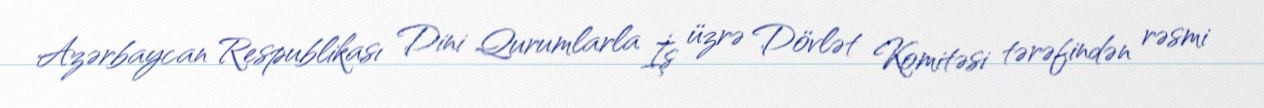
Azərbaycan Respublikası Dini Qurumlarla İş üzrə Dövlət Komitəsi tərəfindən rəsmi